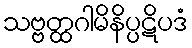
သဗ္ဗတ္ထဂါမိနိပ္ပဋိပဒံ